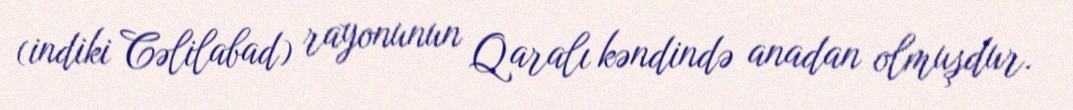
(indiki Cəlilabad) rayonunun Qaralı kəndində anadan olmuşdur.